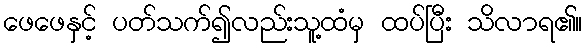
ဖေဖေနှင့် ပတ်သက်၍လည်းသူ့ထံမှ ထပ်ပြီး သိလာရ၏။